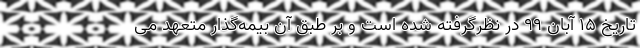
تاریخ ۱۵ آبان ۹۹ در نظرگرفته شده است و بر طبق آن بیمه‌گذار متعهد می